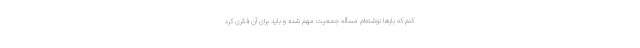
کنم که بارها نوشته‌ام مسأله جمعیت مهم شده و باید برای آن فکری کرد